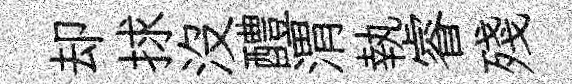
却捄没醴渭執睿殘